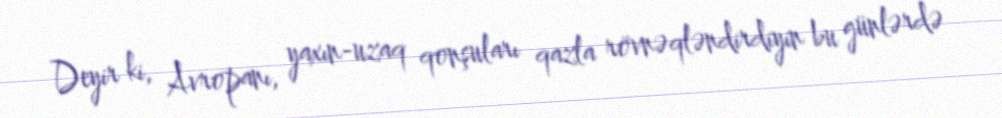
Deyir ki, Avropanı, yaxın-uzaq qonşuları qazla rövnəqləndirdiyin bu günlərdə